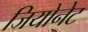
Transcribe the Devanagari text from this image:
जियोनेट